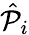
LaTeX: {\hat{\mathcal{P}}}_{i}